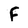
Character: F